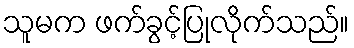
သူမက ဖက်ခွင့်ပြုလိုက်သည်။